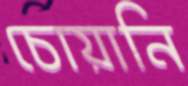
চোয়ানি